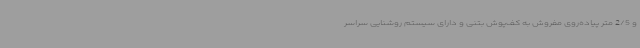
و 2/5 متر پیاده‌روی مفروش به کف‌پوش بتنی و دارای سیستم روشنایی سراسر